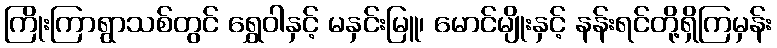
ကြိုးကြာရွာသစ်တွင် ရွှေဝါနှင့် မနှင်းမြူ၊ မောင်မျိုးနှင့် နန်းရင်တို့ရှိကြမှန်း